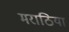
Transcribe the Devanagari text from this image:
मराठिया